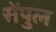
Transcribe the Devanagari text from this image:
सेंपुल